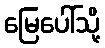
မြေပေါ်သို့